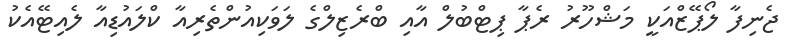
ޖެނިފާ ލޯޕޭޒްއަކީ މަޝްހޫރު ރެޕާ ޕިޓްބުލް އާއި ބްރެޒިލްގެ ލަވަކިއުންތެރިއާ ކްލައުޑިއާ ލެއިޓޭއެކު